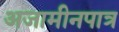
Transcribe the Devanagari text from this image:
अजामीनपात्र